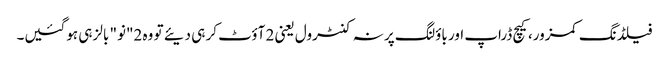
فیلڈنگ کمزور، کیچ ڈراپ اور باؤلنگ پر نہ کنٹرول یعنی 2 آؤٹ کر ہی دیئے تو وہ 2"نو" بالز ہی ہوگئیں۔